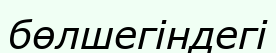
бөлшегіндегі